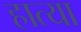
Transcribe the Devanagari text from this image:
हात्या